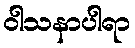
ဝါသနာပါရာ